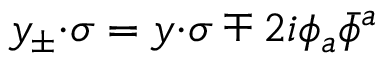
y _ { \pm } { \cdot \sigma } = y { \cdot \sigma } \mp 2 i \phi _ { a } \bar { \phi } { } ^ { a }